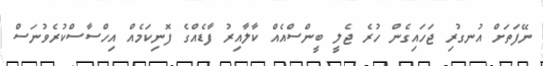
ނޭފަތަށް އުނގުރި ޖަހައިގެން ހުރެ ޖެލީ ބީންސްއެއް ކާލާއިރު ފާޑެއްގެ ފޮނިކަމެއް އިހްސާސްކުރެވުނަސް